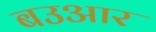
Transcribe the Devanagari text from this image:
बउआर